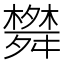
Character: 𦨀